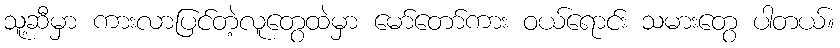
သူ့ဆီမှာ ကားလာပြင်တဲ့လူတွေထဲမှာ မော်တော်ကား ဝယ်ရောင်း သမားတွေ ပါတယ်။